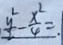
\frac { y ^ { 2 } } { 2 } - \frac { x ^ { 2 } } { 4 } = .